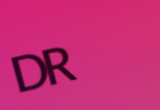
DR.